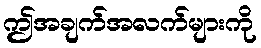
ဤအချက်အလက်များကို